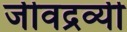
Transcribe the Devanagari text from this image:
जीवद्रव्यी